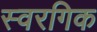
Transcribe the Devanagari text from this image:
स्वरगिक